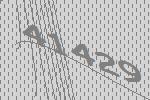
41429